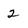
Character: 2